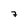
Character: 7